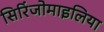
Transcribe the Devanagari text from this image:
सिरिंजोमाइलिया